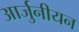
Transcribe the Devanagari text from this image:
आर्जुनीयन